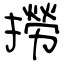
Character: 撈